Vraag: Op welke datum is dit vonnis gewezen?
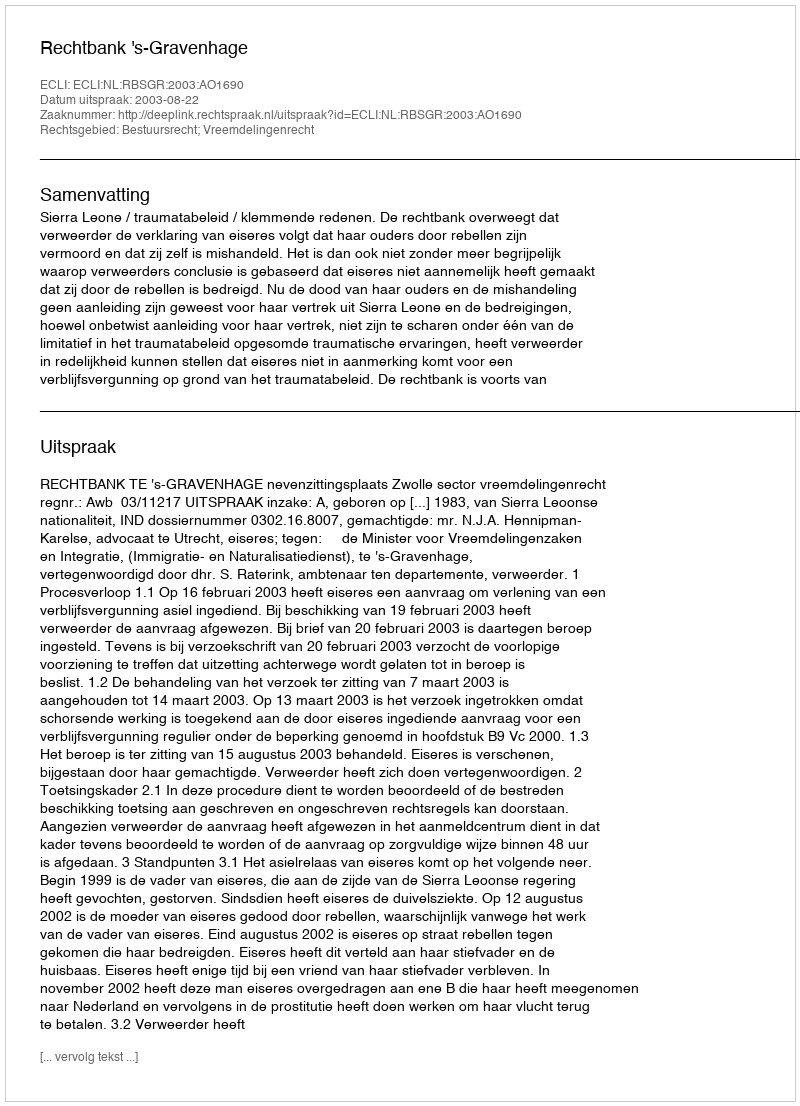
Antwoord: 2003-08-22